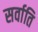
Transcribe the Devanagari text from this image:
सर्वाति